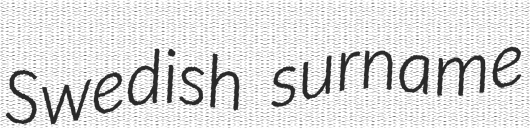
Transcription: Swedish surname